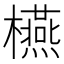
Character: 𣟛